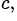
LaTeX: ^{c,}